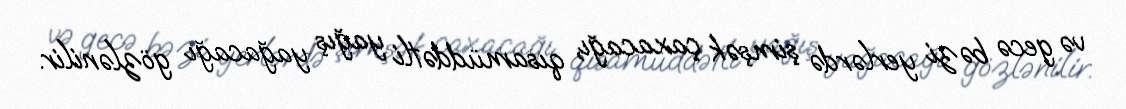
və gecə bəzi yerlərdə şimşək çaxacağı, qısamüddətli yağış yağacağı gözlənilir.